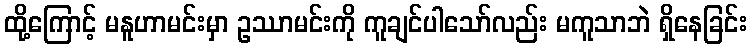
ထို့ကြောင့် မနူဟာမင်းမှာ ဥဿာမင်းကို ကူချင်ပါသော်လည်း မကူသာဘဲ ရှိနေခြင်း